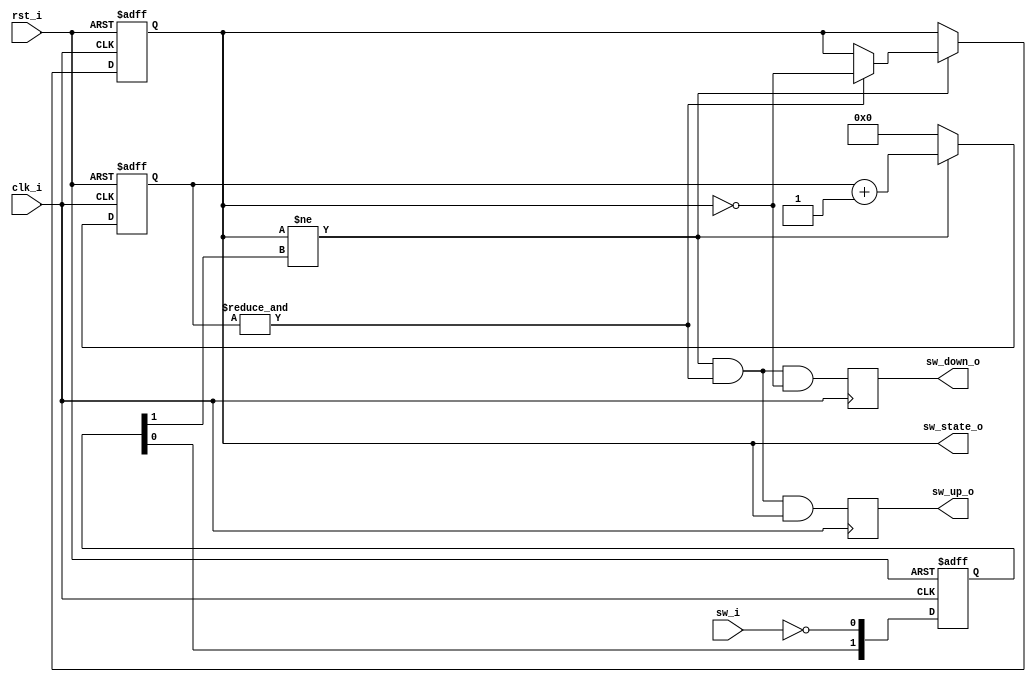
module button_debouncer
//! Parameters
#(
    parameter		CNT_WIDTH = 16
)
//! Ports
(
    input clk_i,
	 input rst_i,
    input sw_i,  
 
    output reg sw_state_o,  
    output reg sw_down_o,  
    output reg sw_up_o   
);
 
//! Synchronizing the input with the current clock domain.
reg	 [1:0] sw_r;
always @ (posedge rst_i or posedge clk_i)
if (rst_i)
		sw_r   	<= 2'b00;
else
		sw_r    <= {sw_r[0], ~sw_i};
 
reg [CNT_WIDTH-1:0] sw_count;
 
 
wire sw_change_f = (sw_state_o != sw_r[1]);

wire sw_cnt_max = &sw_count;	
 
always @(posedge rst_i or posedge clk_i)
if (rst_i)
begin
	sw_count <= 0;
	sw_state_o <= 0;
end 
else if(sw_change_f)	
   	begin
		sw_count <= sw_count + 'd1;  
		if(sw_cnt_max) sw_state_o <= ~sw_state_o;  
	end
	else  sw_count <= 0;  
 
always @(posedge clk_i)
begin
	sw_down_o <= sw_change_f & sw_cnt_max & ~sw_state_o;
	sw_up_o <= sw_change_f & sw_cnt_max &  sw_state_o;
end
 
endmodule